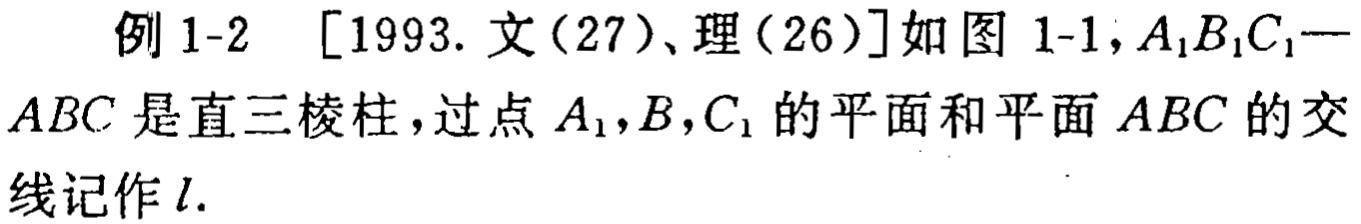
例 1-2 [1993. 文(27)、理(26)]如图 1-1,$A_{1}B_{1}C_{1}-ABC$是直三棱柱，过点$A_{1},B,C_{1}$的平面和平面$ABC$的交线记作$l$.